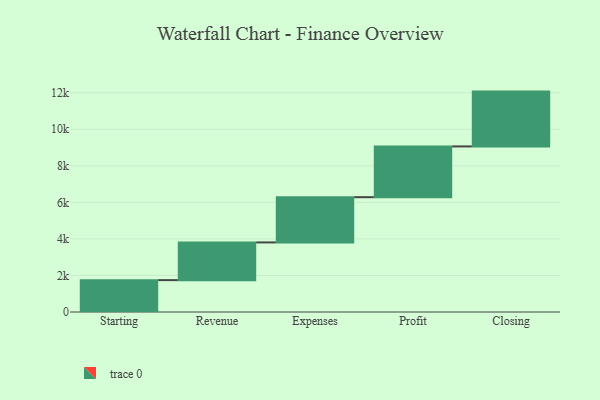
{"axis": {"x": "Step", "y": "Value"}, "legend": [""], "data": [{"x": "Starting", "y": 1744.0, "type": ""}, {"x": "Revenue", "y": 2063.0, "type": ""}, {"x": "Expenses", "y": 2476.0, "type": ""}, {"x": "Profit", "y": 2777.0, "type": ""}, {"x": "Closing", "y": 3000, "type": ""}]}